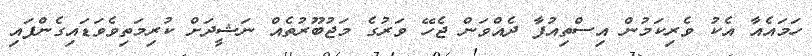
ހަމައެއާ އެކު ވެރިކަމުން އިސްތިއުފާ ދެއްވަން ޖެހޭ ވަރުގެ މަޖުބޫރުތެއް ނަޝީދަށް ކުރިމަތިވެވަޑައިގެންފައި